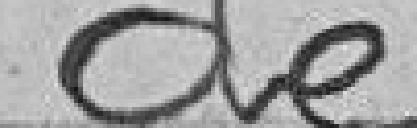
de